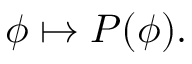
\phi \mapsto P ( \phi ) .